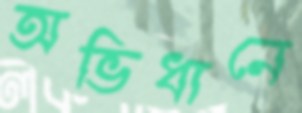
অভিধানে